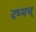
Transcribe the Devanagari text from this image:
दध्यच्